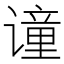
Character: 𫍼